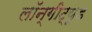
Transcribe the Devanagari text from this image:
लॉन्गीट्यूड